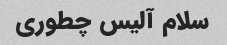
سلام آلیس چطوری